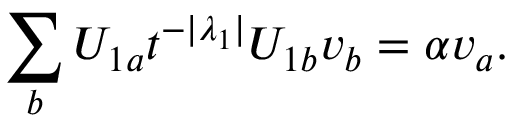
\sum _ { b } U _ { 1 a } t ^ { - | \lambda _ { 1 } | } U _ { 1 b } v _ { b } = \alpha v _ { a } .